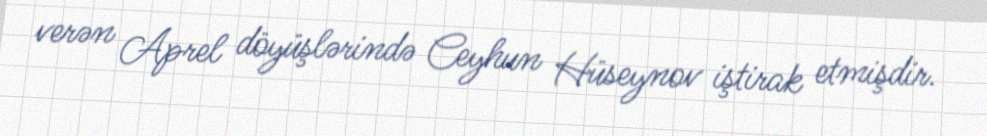
verən Aprel döyüşlərində Ceyhun Hüseynov iştirak etmişdir.